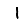
Digit: 1